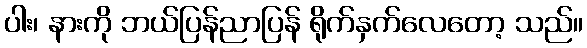
ပါး၊ နားကို ဘယ်ပြန်ညာပြန် ရိုက်နှက်လေတော့ သည်။